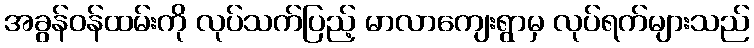
အခွန်ဝန်ထမ်းကို လုပ်သက်ပြည့် မာလာကျေးရွာမှ လုပ်ရက်များသည်